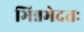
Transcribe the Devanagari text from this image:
भिन्नभेदतः